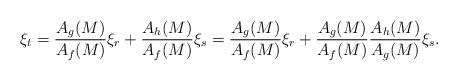
LaTeX: \begin{align*}\xi_t=\frac{A_g(M)}{A_f(M)}\xi_r+\frac{A_h(M)}{A_f(M)}\xi_s=\frac{A_g(M)}{A_f(M)}\xi_r+\frac{A_g(M)}{A_f(M)}\frac{A_h(M)}{A_g(M)}\xi_s.\end{align*}